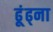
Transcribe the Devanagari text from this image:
ढूंढ्ना